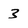
Character: 3